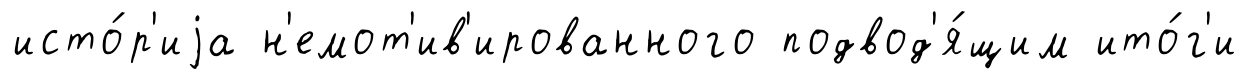
исто́р'иjа н'емот'ив'ированного подвод'я́щим ито́г'и